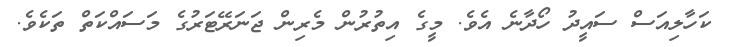
ކަހާލިއަސް ސައީދު ހޯދާނެ އެވެ. މީގެ އިތުރުން މެރިން ޖަނަރޭޓަރުގެ މަސައްކަތް ތަކެވެ.